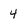
Character: 4